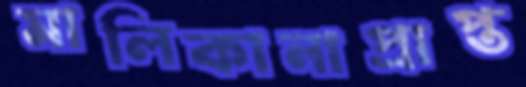
মালিকানাপ্রাপ্ত